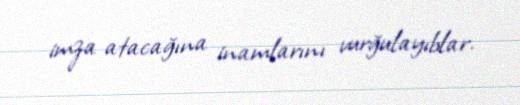
imza atacağına inamlarını vurğulayıblar.